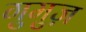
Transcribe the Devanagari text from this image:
गुमुज़